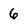
Character: 6